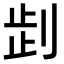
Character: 𠜶